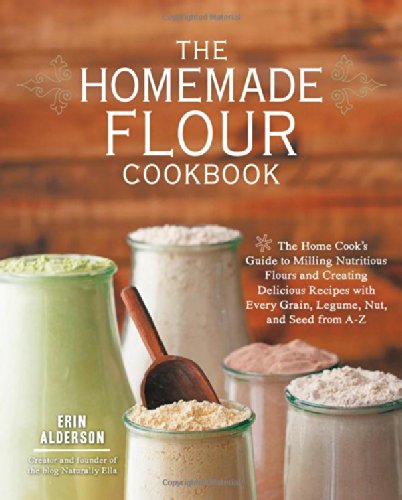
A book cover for The Homemade Flour Cookbook: The Home Cook's Guide to Milling Nutritious Flours and Creating Delicious Recipes with Every Grain, Legume, Nut, and Seed from A-Z; Erin Alderson; Cookbooks, Food & Wine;